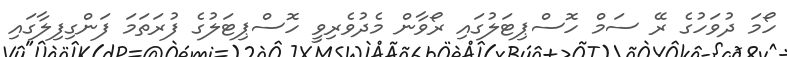
ހޯމަ ދުވަހުގެ ރޭ ސަމް ހޮސްޕިޓަލުގައި ރޯވާން މެދުވެރިވީ ހޮސްޕިޓަލުގެ ފުރަތަމަ ފަންގިފިލާގައި